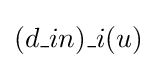
(d\_{in})\_i(u)